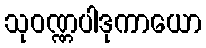
သုဝဏ္ဏပါဒုကာယော